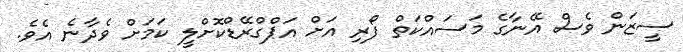
ސީޒަން ވެސް އޭނާގެ މަސައްކަތް ފޯރި އަށް އަޕްގްރޭޑްކޮށްލީ ކަމަށް ވެދާނެ އެވެ.